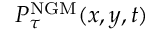
P _ { \tau } ^ { \mathrm { { N G M } } } ( x , y , t )